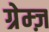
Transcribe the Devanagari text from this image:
ग्रेम्ज़